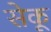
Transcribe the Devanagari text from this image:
सेकू